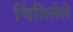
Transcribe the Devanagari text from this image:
चिंतिलेले